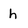
Character: h